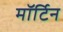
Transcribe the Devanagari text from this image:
मॉर्टिन